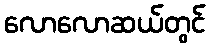
လောလောဆယ်တွင်